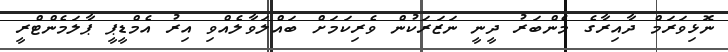
ނޮޅިވަރަމް ދާއިރާގެ މެންބަރު ދީނީ ނަޒަރަކުން ވެރިކަމަށް ބައްލަވާލެއްވި އިރު އެމްޑީޕީ ޕާލަމެންޓްރީ